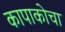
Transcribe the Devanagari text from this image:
कापाकोचा